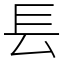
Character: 镸